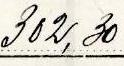
302,30